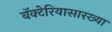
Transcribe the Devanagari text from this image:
बॅक्टेरियासारख्या